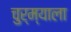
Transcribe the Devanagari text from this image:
चुर्म्याला